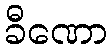
ခီဏော